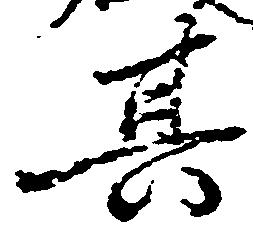
其